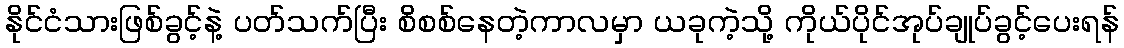
နိုင်ငံသားဖြစ်ခွင့်နဲ့ ပတ်သက်ပြီး စိစစ်နေတဲ့ကာလမှာ ယခုကဲ့သို့ ကိုယ်ပိုင်အုပ်ချုပ်ခွင့်ပေးရန်